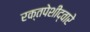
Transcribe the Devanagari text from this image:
रक्तपेशींद्वारे